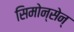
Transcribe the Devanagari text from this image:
सिमोन्सेन्